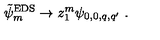
\tilde { \psi } _ { m } ^ { \mathrm { E D S } } \to z _ { 1 } ^ { m } \psi _ { 0 , 0 , q , q ^ { \prime } } \ .